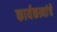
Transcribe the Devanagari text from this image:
कार्यकत्र्यांचे